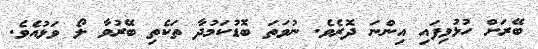
ބޭރަށް ހުޅުވިފައި އިންނަ ދޮރެވެ. ނުވަތަ ބޮޑުކަމުދާ ތަކެތި ބޭރުވާ ލޯ ވަޅުއެވެ.